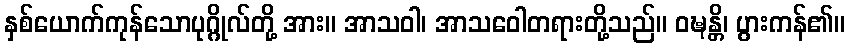
နှစ်ယောက်ကုန်သောပုဂ္ဂိုလ်တို့ အား။ အာသဝါ၊ အာသဝေါတရားတို့သည်။ ဝဍ္ဎန္တိ၊ ပွားကန်၏။